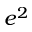
e ^ { 2 }